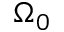
\Omega _ { 0 }